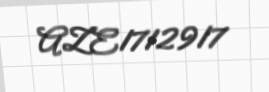
AZE1712917